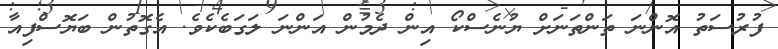
ފުރުސަތު އޮންނަ ތަންތަނަށް ޔުނެސްކޯ އިން ދެމުން އަންނަ ލަގަބެކެވެ. އެގޮތުން ބަޔޮސްފިއާ